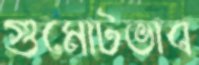
গুমোটভাব